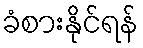
ခံစားနိုင်ရန်